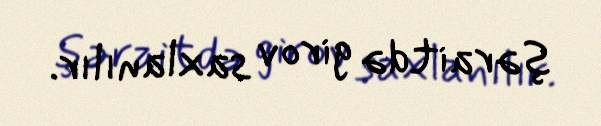
şəraitdə girov saxlanılır.